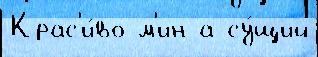
Крас'и́во м'ин а су́щий